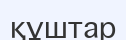
құштар